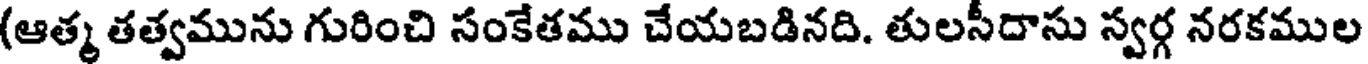
(ఆత్మ తత్వమును గురించి సంకేతము చేయబడినది. తులసీదాసు స్వర్గ నరకముల